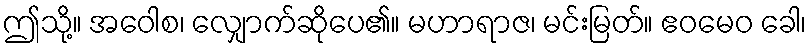
ဤသို့။ အဝေါစ၊ လျှောက်ဆိုပေ၏။ မဟာရာဇ၊ မင်းမြတ်။ ဧဝမေဝ ခေါ၊